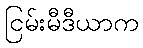
ငြမ်းမီဒီယာက